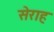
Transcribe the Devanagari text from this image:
सेराह